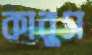
কাবুস